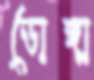
ডোঙ্গা